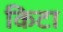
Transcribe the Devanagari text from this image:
किटा